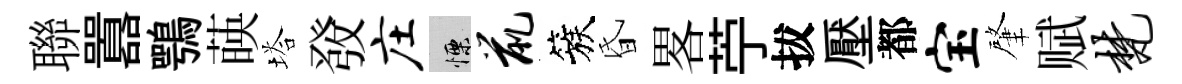
聯囂鶚𦴤塔𤼲庄慄鼠簇昏畧苧拔壓都宝肇赋梵